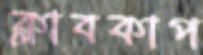
ক্লাবকাপ